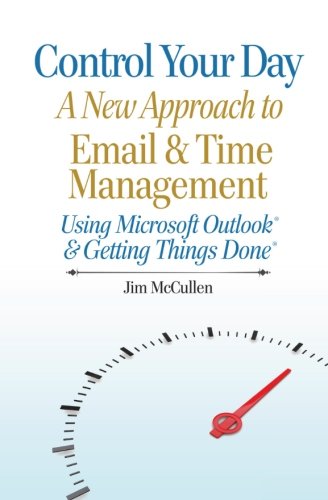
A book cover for Control Your Day: A New Approach to Email and Time Management Using MicrosoftÂ® Outlook and the concepts of Getting Things DoneÂ®; Jim McCullen; Business & Money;